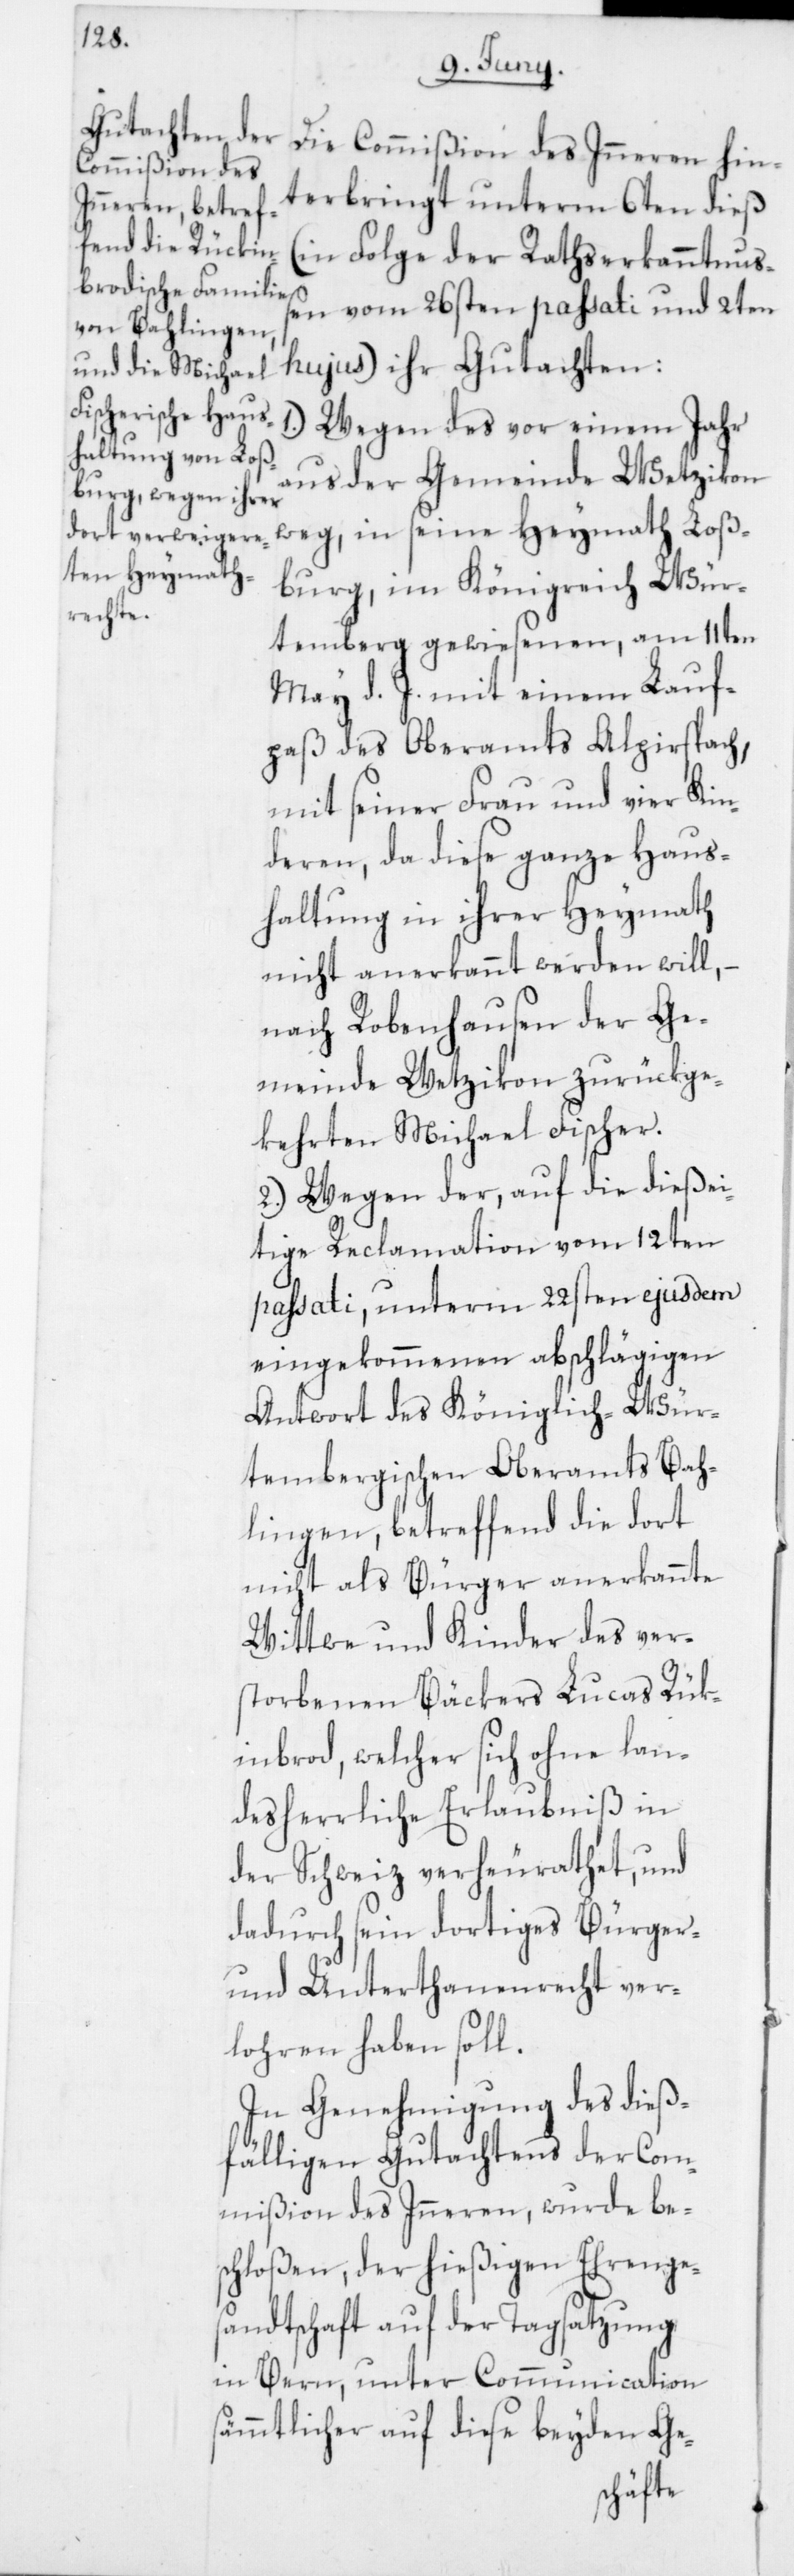
Die Commißion des Inneren hin¬
terbringt unterm 6ten dieß
(in Folge der Rathserkanntnuß¬
en vom 26sten passati und 2ten
hujus) ihr Gutachten:
1. Wegen des vor einem Jahr
aus der Gemeinde Wetzikon
weg, in seine Heymath Loß¬
burg im Königreich Wür¬
temberg gewiesenen, am 11ten
May d. J. mit einem Lauf¬
paß des Oberamts Alpirspach,
mit seiner Frau und vier Kin¬
deren, da diese ganze Haus¬
haltung in ihrer Heymath
nicht anerkannt werden will, –
nach Robenhausen der Ge¬
meinde Wetzikon zurückge¬
kehrten Michael Fischer.
2. Wegen der auf die dießei¬
tige Reclamation vom 12ten
passati, unterm 22sten ejusdem
eingekommenen abschlägigen
Antwort des Königlich-Wü¬
tembergischen Oberamts Bah¬
lingen, bertreffend die dort
nicht als Bürger anerkannte
Wittwe und Kinder des ver¬
storbenen Bäckers Lucas Rük¬
inbrod, welcher sich ohne lan¬
desherrliche Erlaubniß in
der Schweiz verheurathet, und
dadurch sein dortiges Bürger-
und Untertanenrecht ver¬
lohren haben soll.
In Genehmigung des dieß¬
fälligen Gutachtens der Com¬
mißion des Inneren, wurde be¬
schloßen, der hießigen Ehrenges¬
andtschaft auf der Tagsatzung
in Bern, unter Communication
sämmtlicher auf diese beyden Ge-